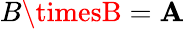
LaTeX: B\timesB=\mathbf{A}